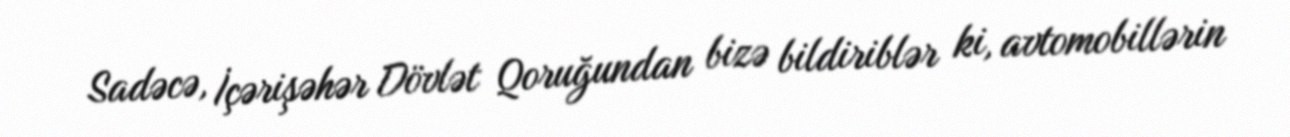
Sadəcə, İçərişəhər Dövlət Qoruğundan bizə bildiriblər ki, avtomobillərin